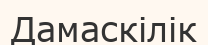
Дамаскілік